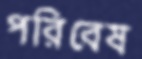
পরিবেষ